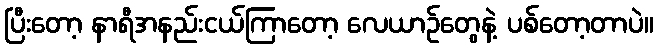
ပြီးတော့ နာရီအနည်းငယ်ကြာတော့ လေယာဉ်တွေနဲ့ ပစ်တော့တာပဲ။